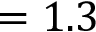
= 1 . 3